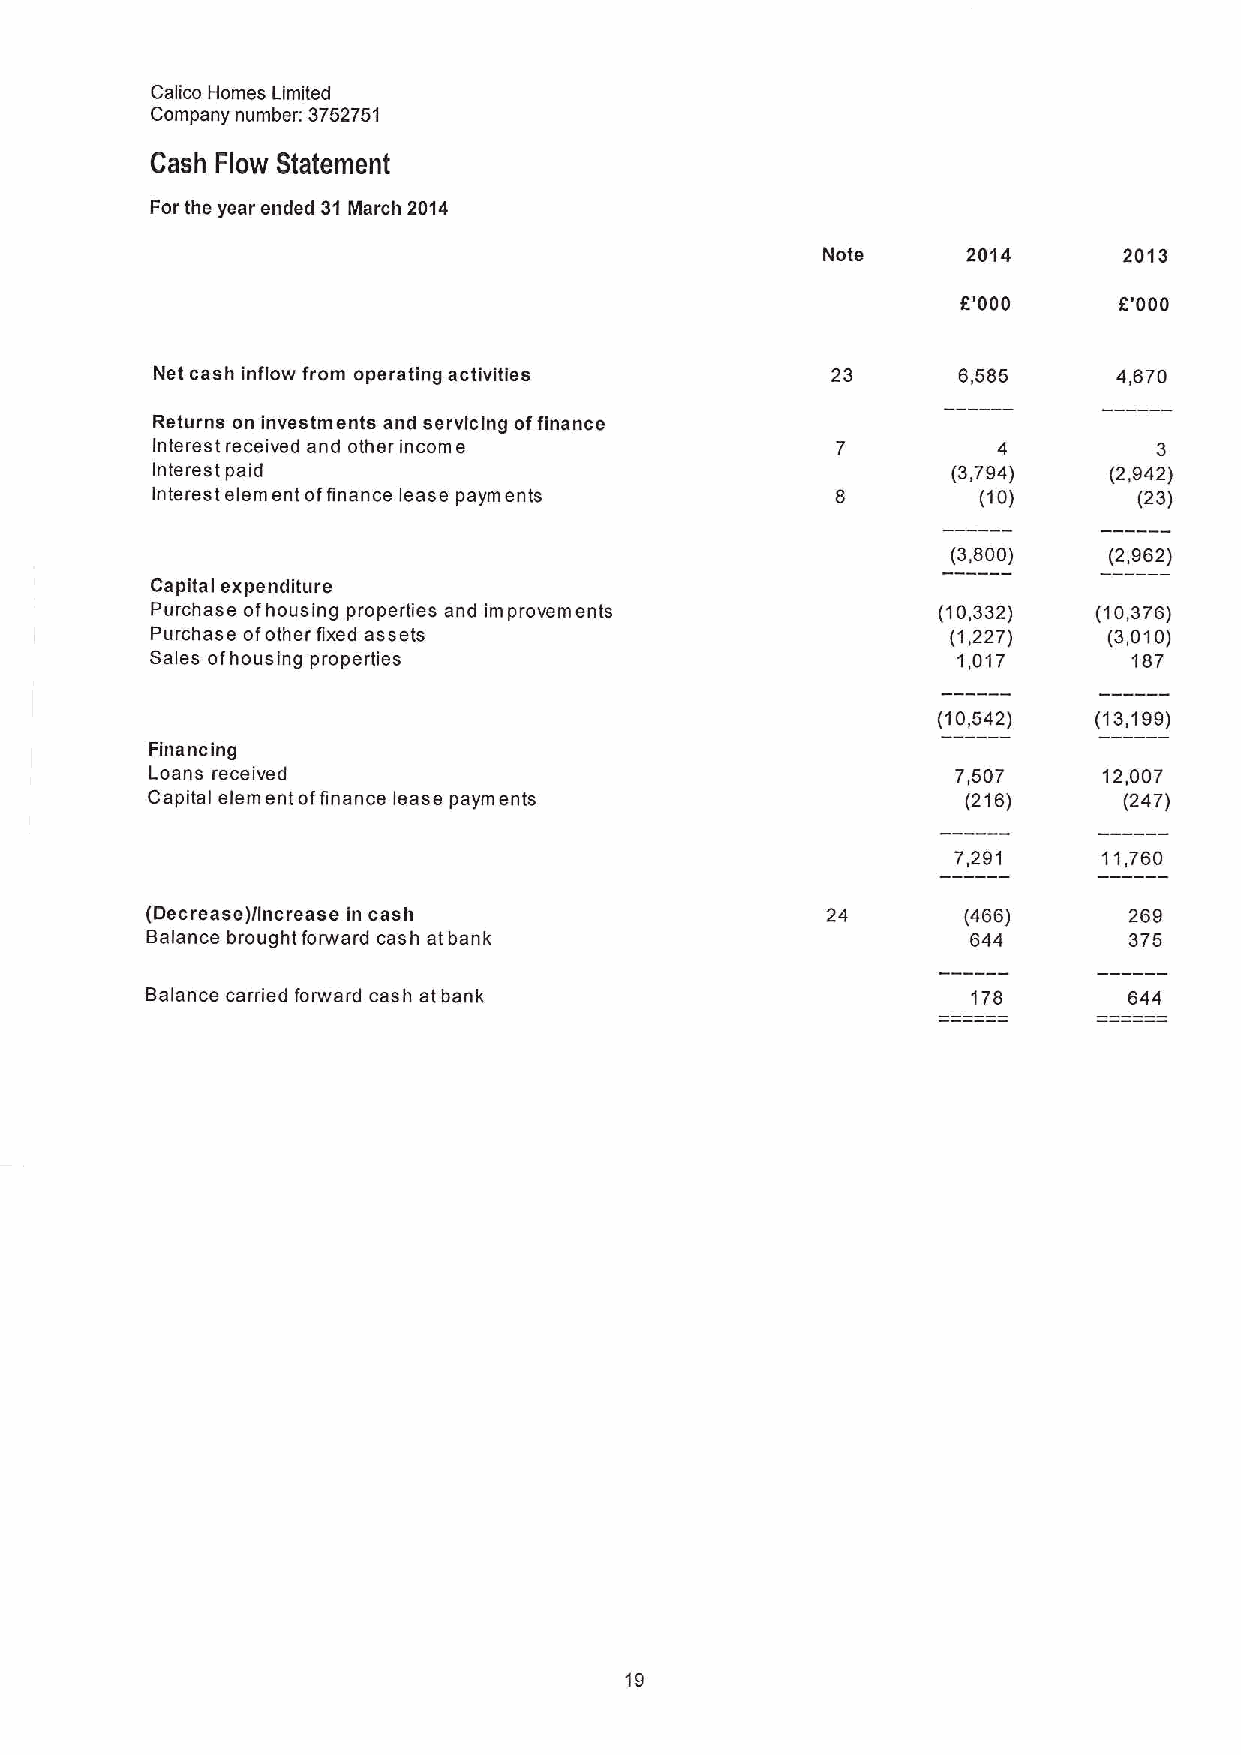
Calico Homes Limited
 Company number: 3752751
 Cash Flow Statement
 For the year ended 31March 2014
 Note      2014      2013
 8'000     6'000
 Net cash inflow from operating activities    23      6,585      4,670
 Returns on investments and servicing offinance
 Interest received and other incom e                                3
 Interest paid                                        (3,794)   (2,942)
 Interest clem ent offinance lease paym en ts           (10)      (23)
 (3,800)   (2 962)
 Capital expenditure
 Purchase ofhousing properties and improvements      (10,332)   (10,376)
 Purchase ofother fixed assets                        (1,227)   (3,010)
 Sales ofhousing properties                           1,017       187
 (10,542)  (13,199)
 Financing
 Loans received                                       7,507     12,007
 Capital elementof finance lease payments              (216)     (247)
 7,291     11,760
 (Oecrease)/increase ln cash                           (466)      269
 Balance brought forward cash at bank                  644        375
 Balance carried forward cash at bank                  178        644
 19